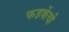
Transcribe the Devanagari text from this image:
फडकेंची